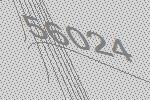
56024